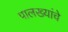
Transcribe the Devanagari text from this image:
पालख्यांचे